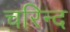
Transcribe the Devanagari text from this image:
चरिन्द